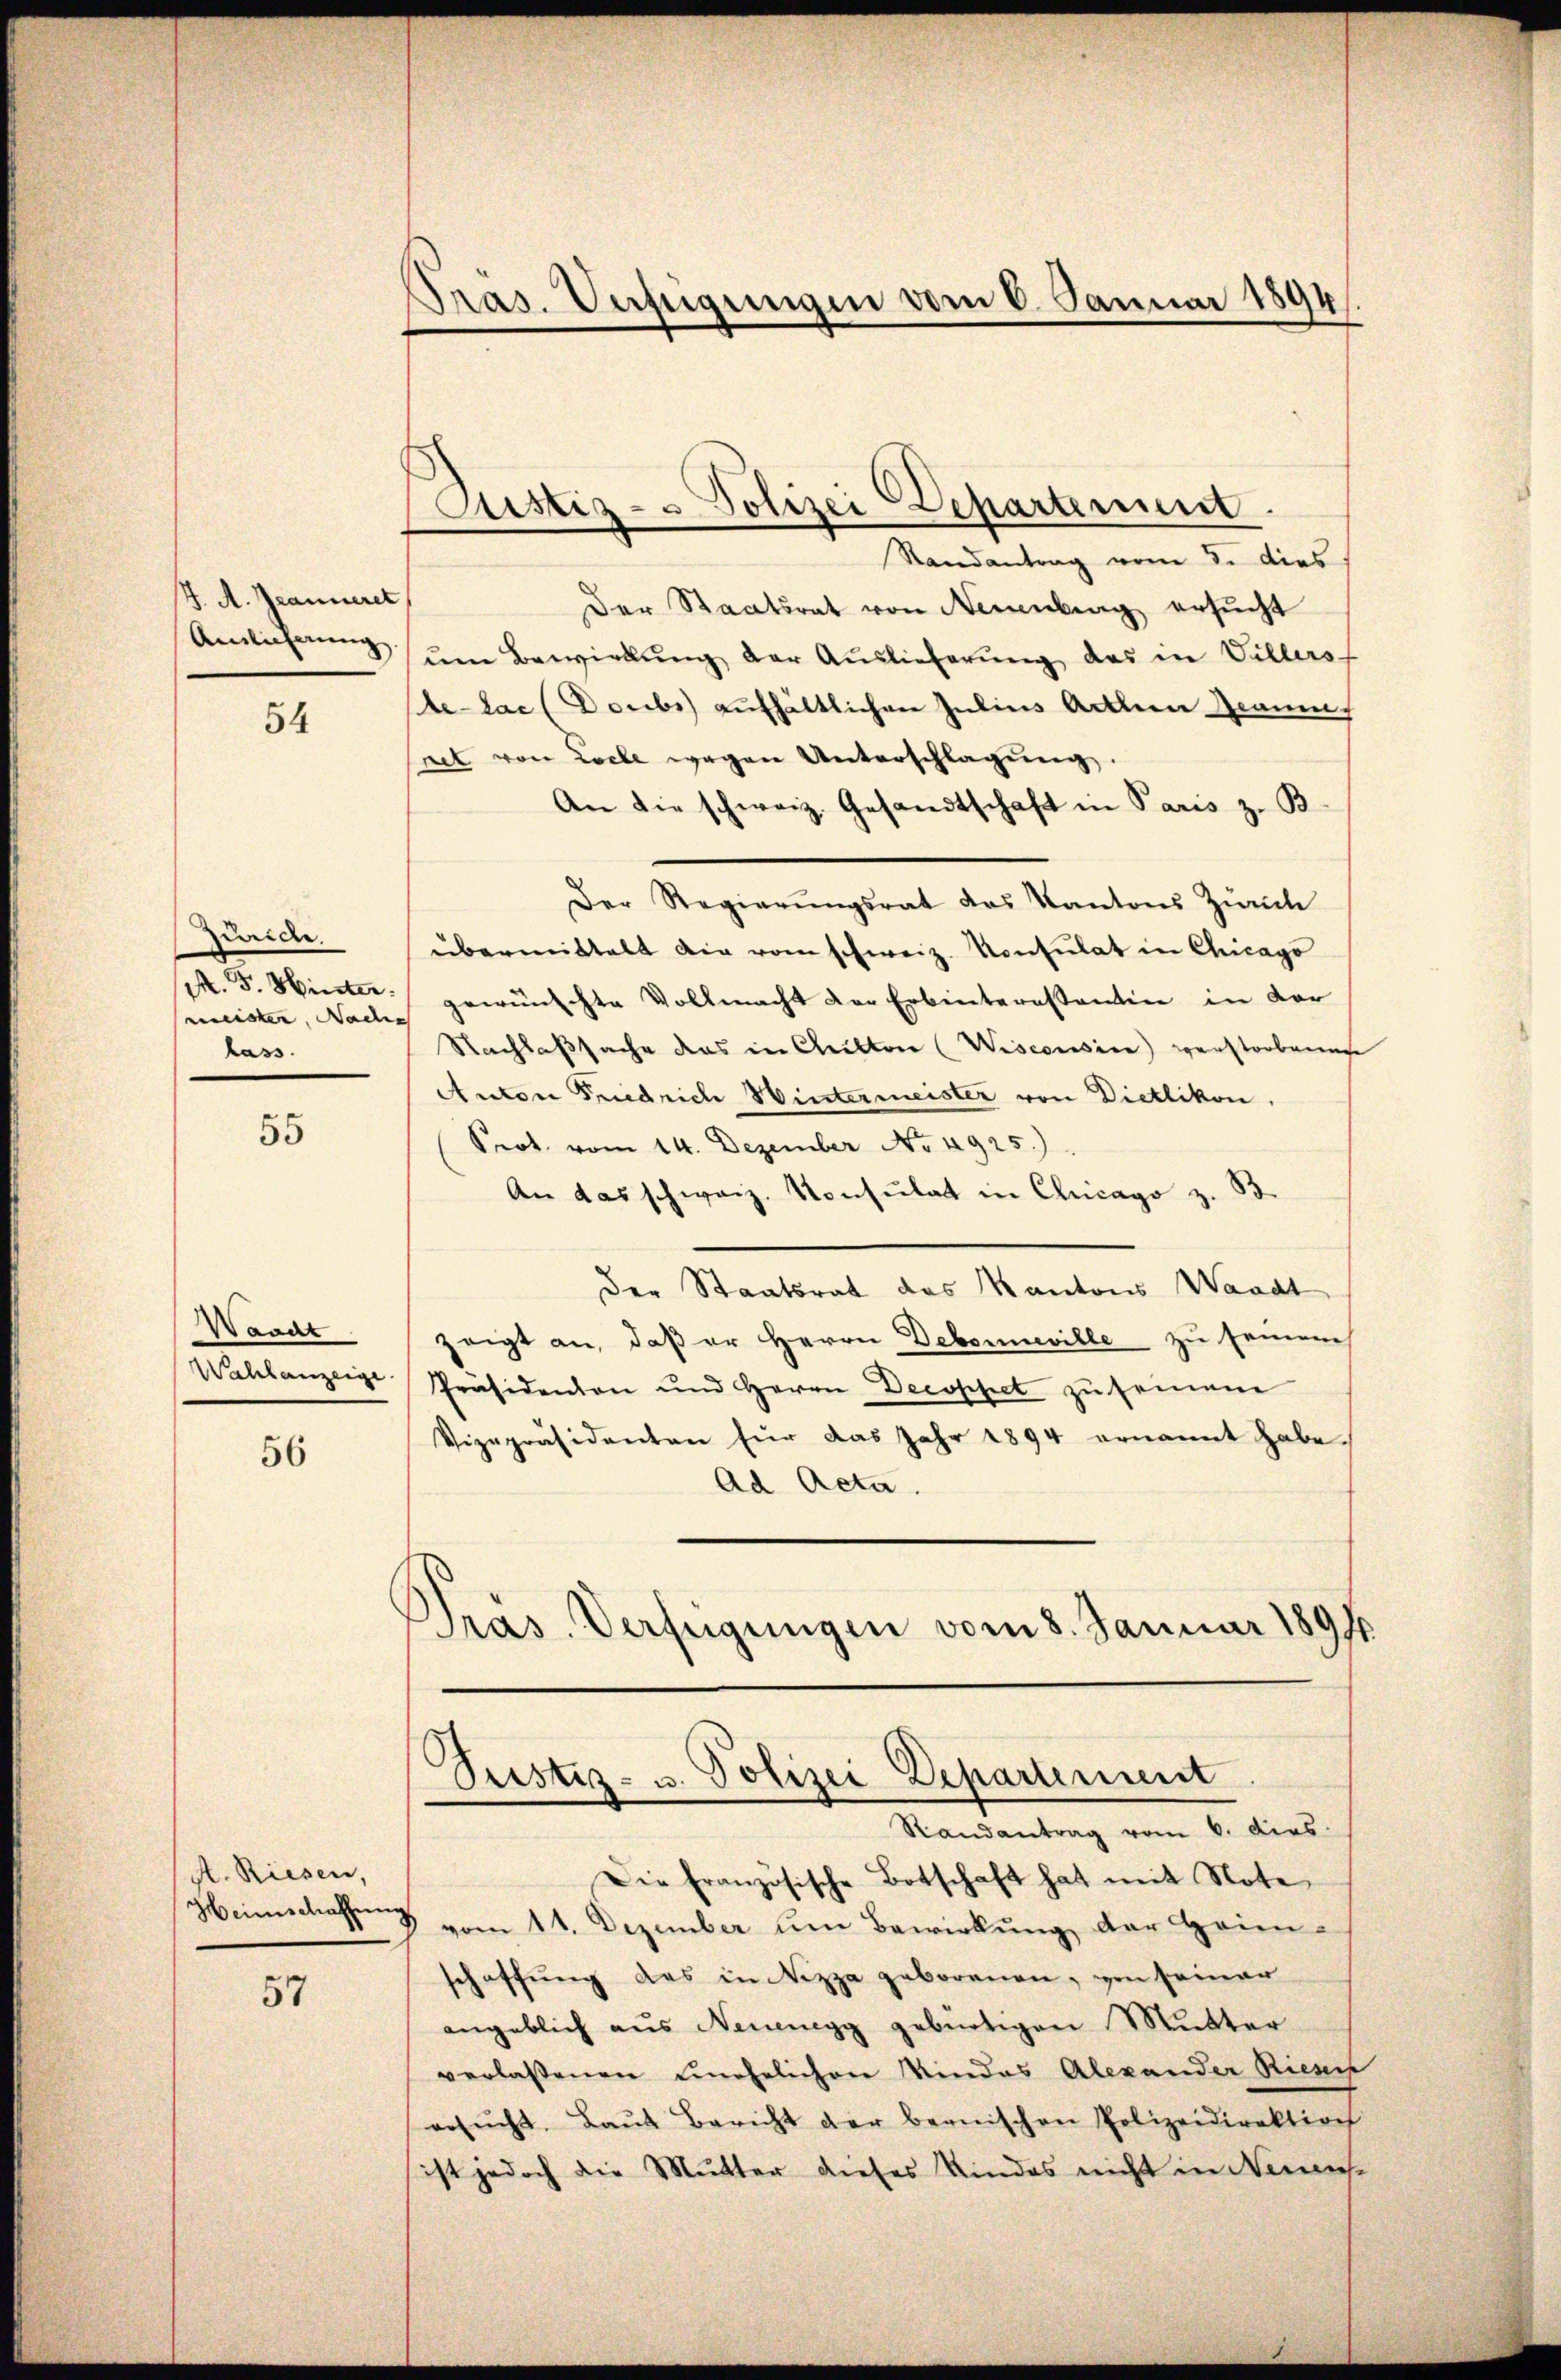
J. A. Jeanneret
Amlicherung

54

Zweiden.
M. F. Hinter.
meister, Nade
hass.

55

Waadt
Wahlanzeige

56

A. Riesen,

57

Pras. Verfügungen vom 6. Januar 1894.

Justiz- & Polizei Departement.
Randantrag vom 5. dies

Der Staatsrat von Neuenburg ersucht
ŭm Bewirkung der Auslieferung des in Villers
te-lac (Doubs aufhältlichen Julius Arthen Graum
ret von Loele wegen Unterschlagung,
An die schweiz. Gesandtschaft in Paris z. B.
Der Regierŭngsrat des Kantons Zürich
übermittelt die vom schweiz. Konsulat in Chicago
gewünschte Vollmacht der Erbenteressanten in der
Nachlaßsache das in Christor (Wisconsin) anstorbene
Anton Friedrich Wintermeister von Dietlikon.
Srot. vom 14. Dezember No. 4925.)
An das schweiz. Konsulat in Clucago z. B.
der Staatsrat des Kantons Waadt
zeigt an, daß er Herrn Debonneville zu seinem
Präsidention und Herrn Decoppet zŭ seinem
Vizepräsidenten für das Jahr 1894 ernannt habe.
Ad Acta.
Präs. Verfügungen vom 8. Januar 1891

Pustiz- u. Polizei Departement
Randantrag vom 6. dies

Die französische Botschaft hat mit Note,
Heimschaffung vom 11. Dezember um Bewirkung der Heimschaffŭng des in Nizza geborenen, von seiner
angeblich aus Neuenegg gebürtigen Mutter
verlaßenen unehelichen Kindes Alexander Riesch
gesŭcht. Baŭt Bericht der bernischen Polizeidirektion
ist jedoch die Mutter dieses Kindes nicht in Neuense